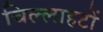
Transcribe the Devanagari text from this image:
चिल्लाहटों